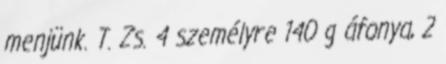
menjünk. T. Zs. 4 személyre 140 g áfonya, 2